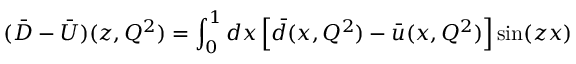
( \bar { D } - \bar { U } ) ( z , Q ^ { 2 } ) = \int _ { 0 } ^ { 1 } d x \left[ \bar { d } ( x , Q ^ { 2 } ) - \bar { u } ( x , Q ^ { 2 } ) \right] \sin ( z x )